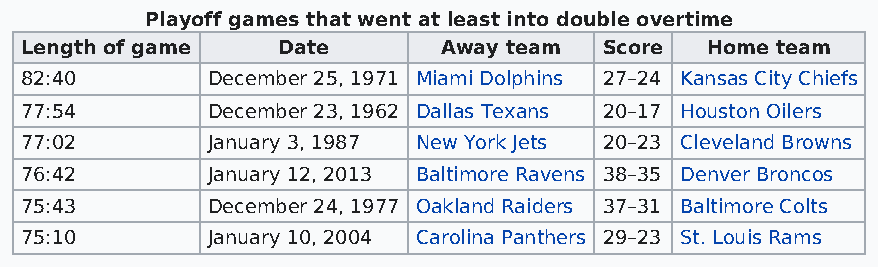
Playoff games that went at least into double overtime
 Length of game   Date       Away team  Score  Home team
 82:40        December 25, 1971 Miami Dolphins 27–24 Kansas City Chiefs
 77:54        December 23, 1962 Dallas Texans 20–17 Houston Oilers
 77:02        January 3, 1987 New York Jets 20–23 Cleveland Browns
 76:42        January 12, 2013 Baltimore Ravens 38–35 Denver Broncos
 75:43        December 24, 1977 Oakland Raiders 37–31 Baltimore Colts
 75:10        January 10, 2004 Carolina Panthers 29–23 St. Louis Rams